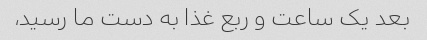
بعد یک ساعت و ربع غذا به دست ما رسید،